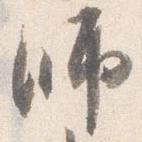
師